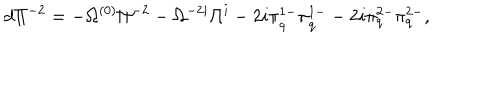
d \Pi ^ { - 2 } = - \Omega ^ { ( 0 ) } \Pi ^ { - 2 } - \Omega ^ { - 2 i } \Pi ^ { i } - 2 i \pi _ { \dot { q } } ^ { 1 - } \pi _ { \dot { q } } ^ { 1 - } - 2 i \pi _ { q } ^ { 2 - } \pi _ { q } ^ { 2 - } ,